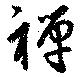
禅